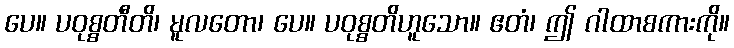
ပေ။ ပဝုစ္စတီတိ၊ မူလတော၊ ပေ။ ပဝုစ္စတိဟူသော။ ဧတံ၊ ဤ ဂါထာစကားကို။